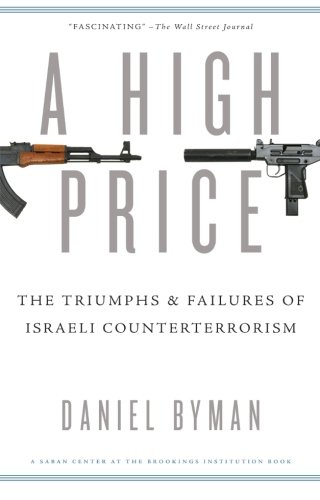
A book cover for A High Price: The Triumphs and Failures of Israeli Counterterrorism (Saban Center at the Brookings Institution Books); Daniel Byman; History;